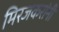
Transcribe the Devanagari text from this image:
मिरजकरांनी